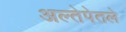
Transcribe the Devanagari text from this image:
अल्तेपेतले